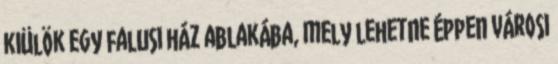
kiülök egy falusi ház ablakába, mely lehetne éppen városi